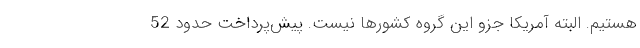
هستیم. البته آمریکا جزو این گروه کشورها نیست. پیش‌پرداخت حدود 52